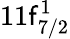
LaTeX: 11\mathsf{f}_{7/2}^{1}